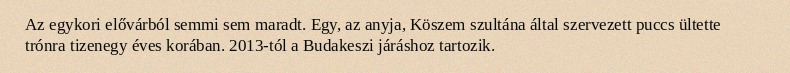
Az egykori elővárból semmi sem maradt. Egy, az anyja, Köszem szultána által szervezett puccs ültette trónra tizenegy éves korában. 2013-tól a Budakeszi járáshoz tartozik.